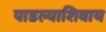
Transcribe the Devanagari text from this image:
पाडल्याशिवाय